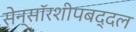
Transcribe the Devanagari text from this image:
सेन्सॉरशीपबद्दल